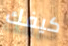
كيفك